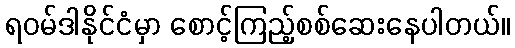
ရဝမ်ဒါနိုင်ငံမှာ စောင့်ကြည့်စစ်ဆေးနေပါတယ်။